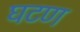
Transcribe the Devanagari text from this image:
घटण